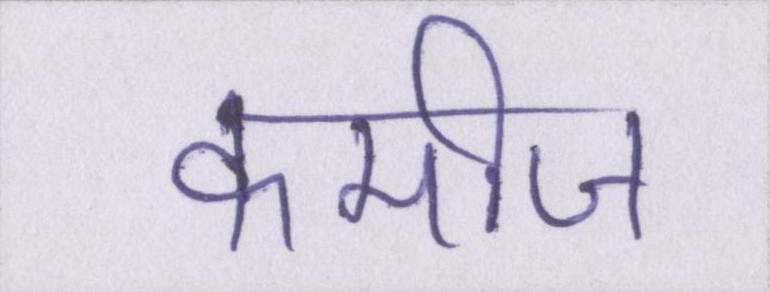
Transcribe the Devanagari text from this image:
कमीज